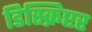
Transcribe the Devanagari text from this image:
डिस्क्रिप्टर